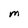
Character: M